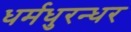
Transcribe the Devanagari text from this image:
धर्मधुरन्धर